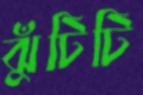
ঝুঁটিটি